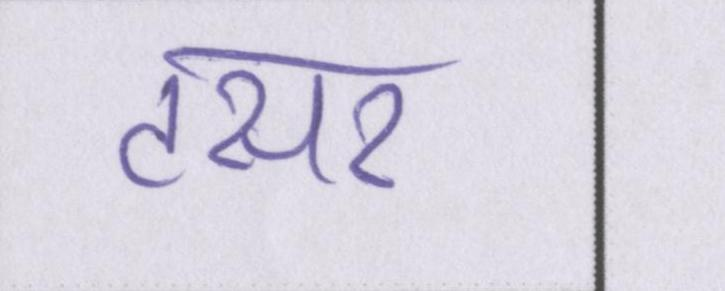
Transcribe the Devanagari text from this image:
टसर